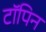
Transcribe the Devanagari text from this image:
टॉपिन